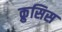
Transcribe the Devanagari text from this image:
क्रुसिस